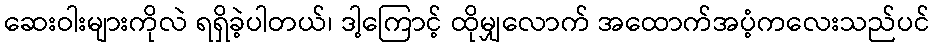
ဆေးဝါးများကိုလဲ ရရှိခဲ့ပါတယ်၊ ဒါ့ကြောင့် ထိုမျှလောက် အထောက်အပံ့ကလေးသည်ပင်